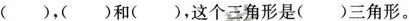
( )，( )和( )，这个三角形是( )三角形。